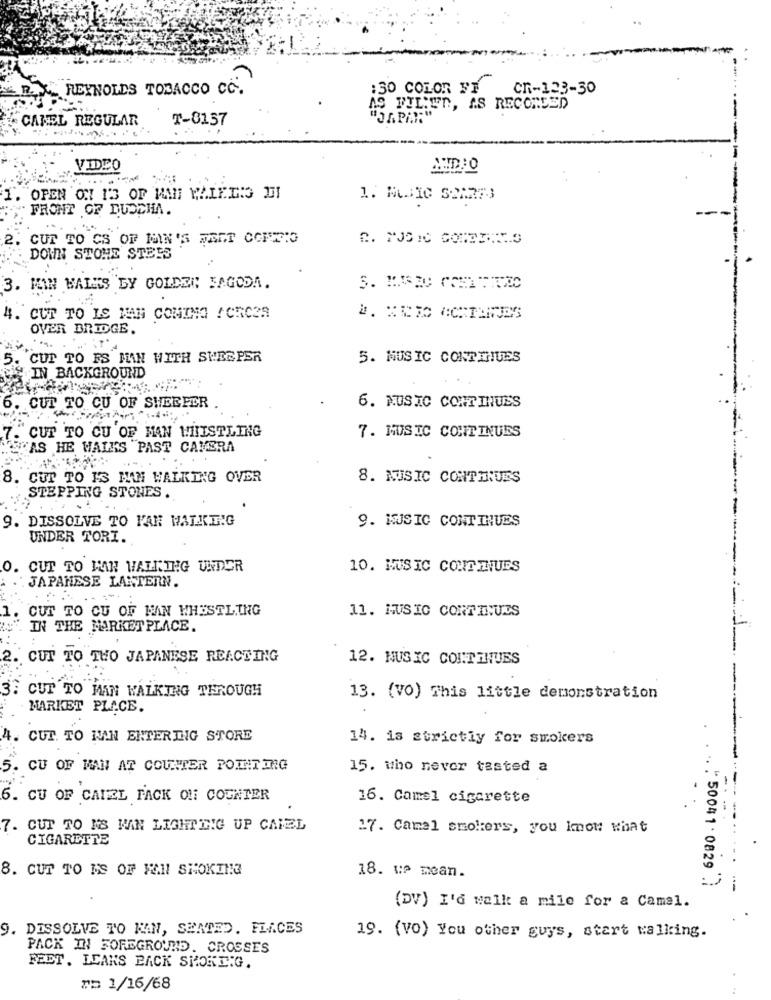
REYNOLDS TOBACCO CC.
:30 COLOR FE
CR-123-30
AS FIL:WN, AS RECORDED
CANEL REGULAR
T-8157
"OrPia:"
VIDEO
1. OPEN ON I'S OF MAN WALEDIS DI
FRONT OF DUSCHA.
2.
CUT TO CS OF MIN'S MEET CONFIO
DOWN STONE STEES
3. MAN WALKS LY GOLDEN JAGODA.
4. CUT TO LS HAN COMING FORCZA
OVER BRIDGE.
5. CUT TO FS MAN WITH SWEEPER
5. MUSIC CONTINUES
IN BACKGROUND
6. CUT TO CU OF SHEEPER
6. MUSIC CONTINUES
CUT TO CU OF MAN WHISTLING
7. MUSIC CONTINUES
AS HE WALKS "PAST CAMERA
8. CUT TO IS MAN WALKING OVER
8. MUSIC CONTINUES
STEPPING STONES.
9. DISSOLVE TO FAN WALKING
9. MUSIC CONTINUES
UNDER TORI.
O. CUT TO MAN WALKING UNDER
10. MUSIC CONTINUES
JAPANESE LANTERN.
1. CUT TO CU OF MAN WHISTLING
11. MUSIC CONTINUES
IN THE MARKETPLACE.
2. CUT TO THO JAPANESE REACTING
12. MUSIC CONTINUES
3. CUT TO MAN WALKING THROUGH
13. (VO) This little demonstration
MARKET PLACE.
4. CUT. TO MAN ENTERING STORE
14. is strictly for smokers
5. CU OF MAN AT COUNTER POINT ING
15. who never tasted a
----
6. CU OF CAMEL FACK ON COUNTER
16. Camel cigarette
........
7. CUT TO NS MAN LIGHTING UP CAMEL
17. Camal smokers, you Imot what
CIGARETTE
8. CUT TO MS OF HAN SMOKING
18. UP mean.
"500410829 .
(DV) I'd walk a mile for a Camel.
9. DISSOLVE TO HAN, SENTED. FLACES
19. (vo) You other guys, start walking.
PACK IN FOREGROUND. CROSSES
FEET. LEAKS BACK SHORE.G.
r= 1/16/68